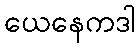
ယေနေကဒါ